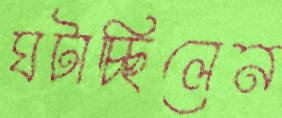
ঘটাচ্ছিলেন